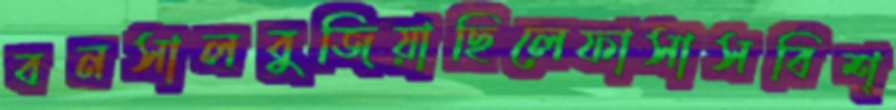
বনসালবুজিয়াছিলেফাসাসবিশ্